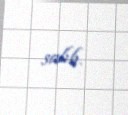
salıb.